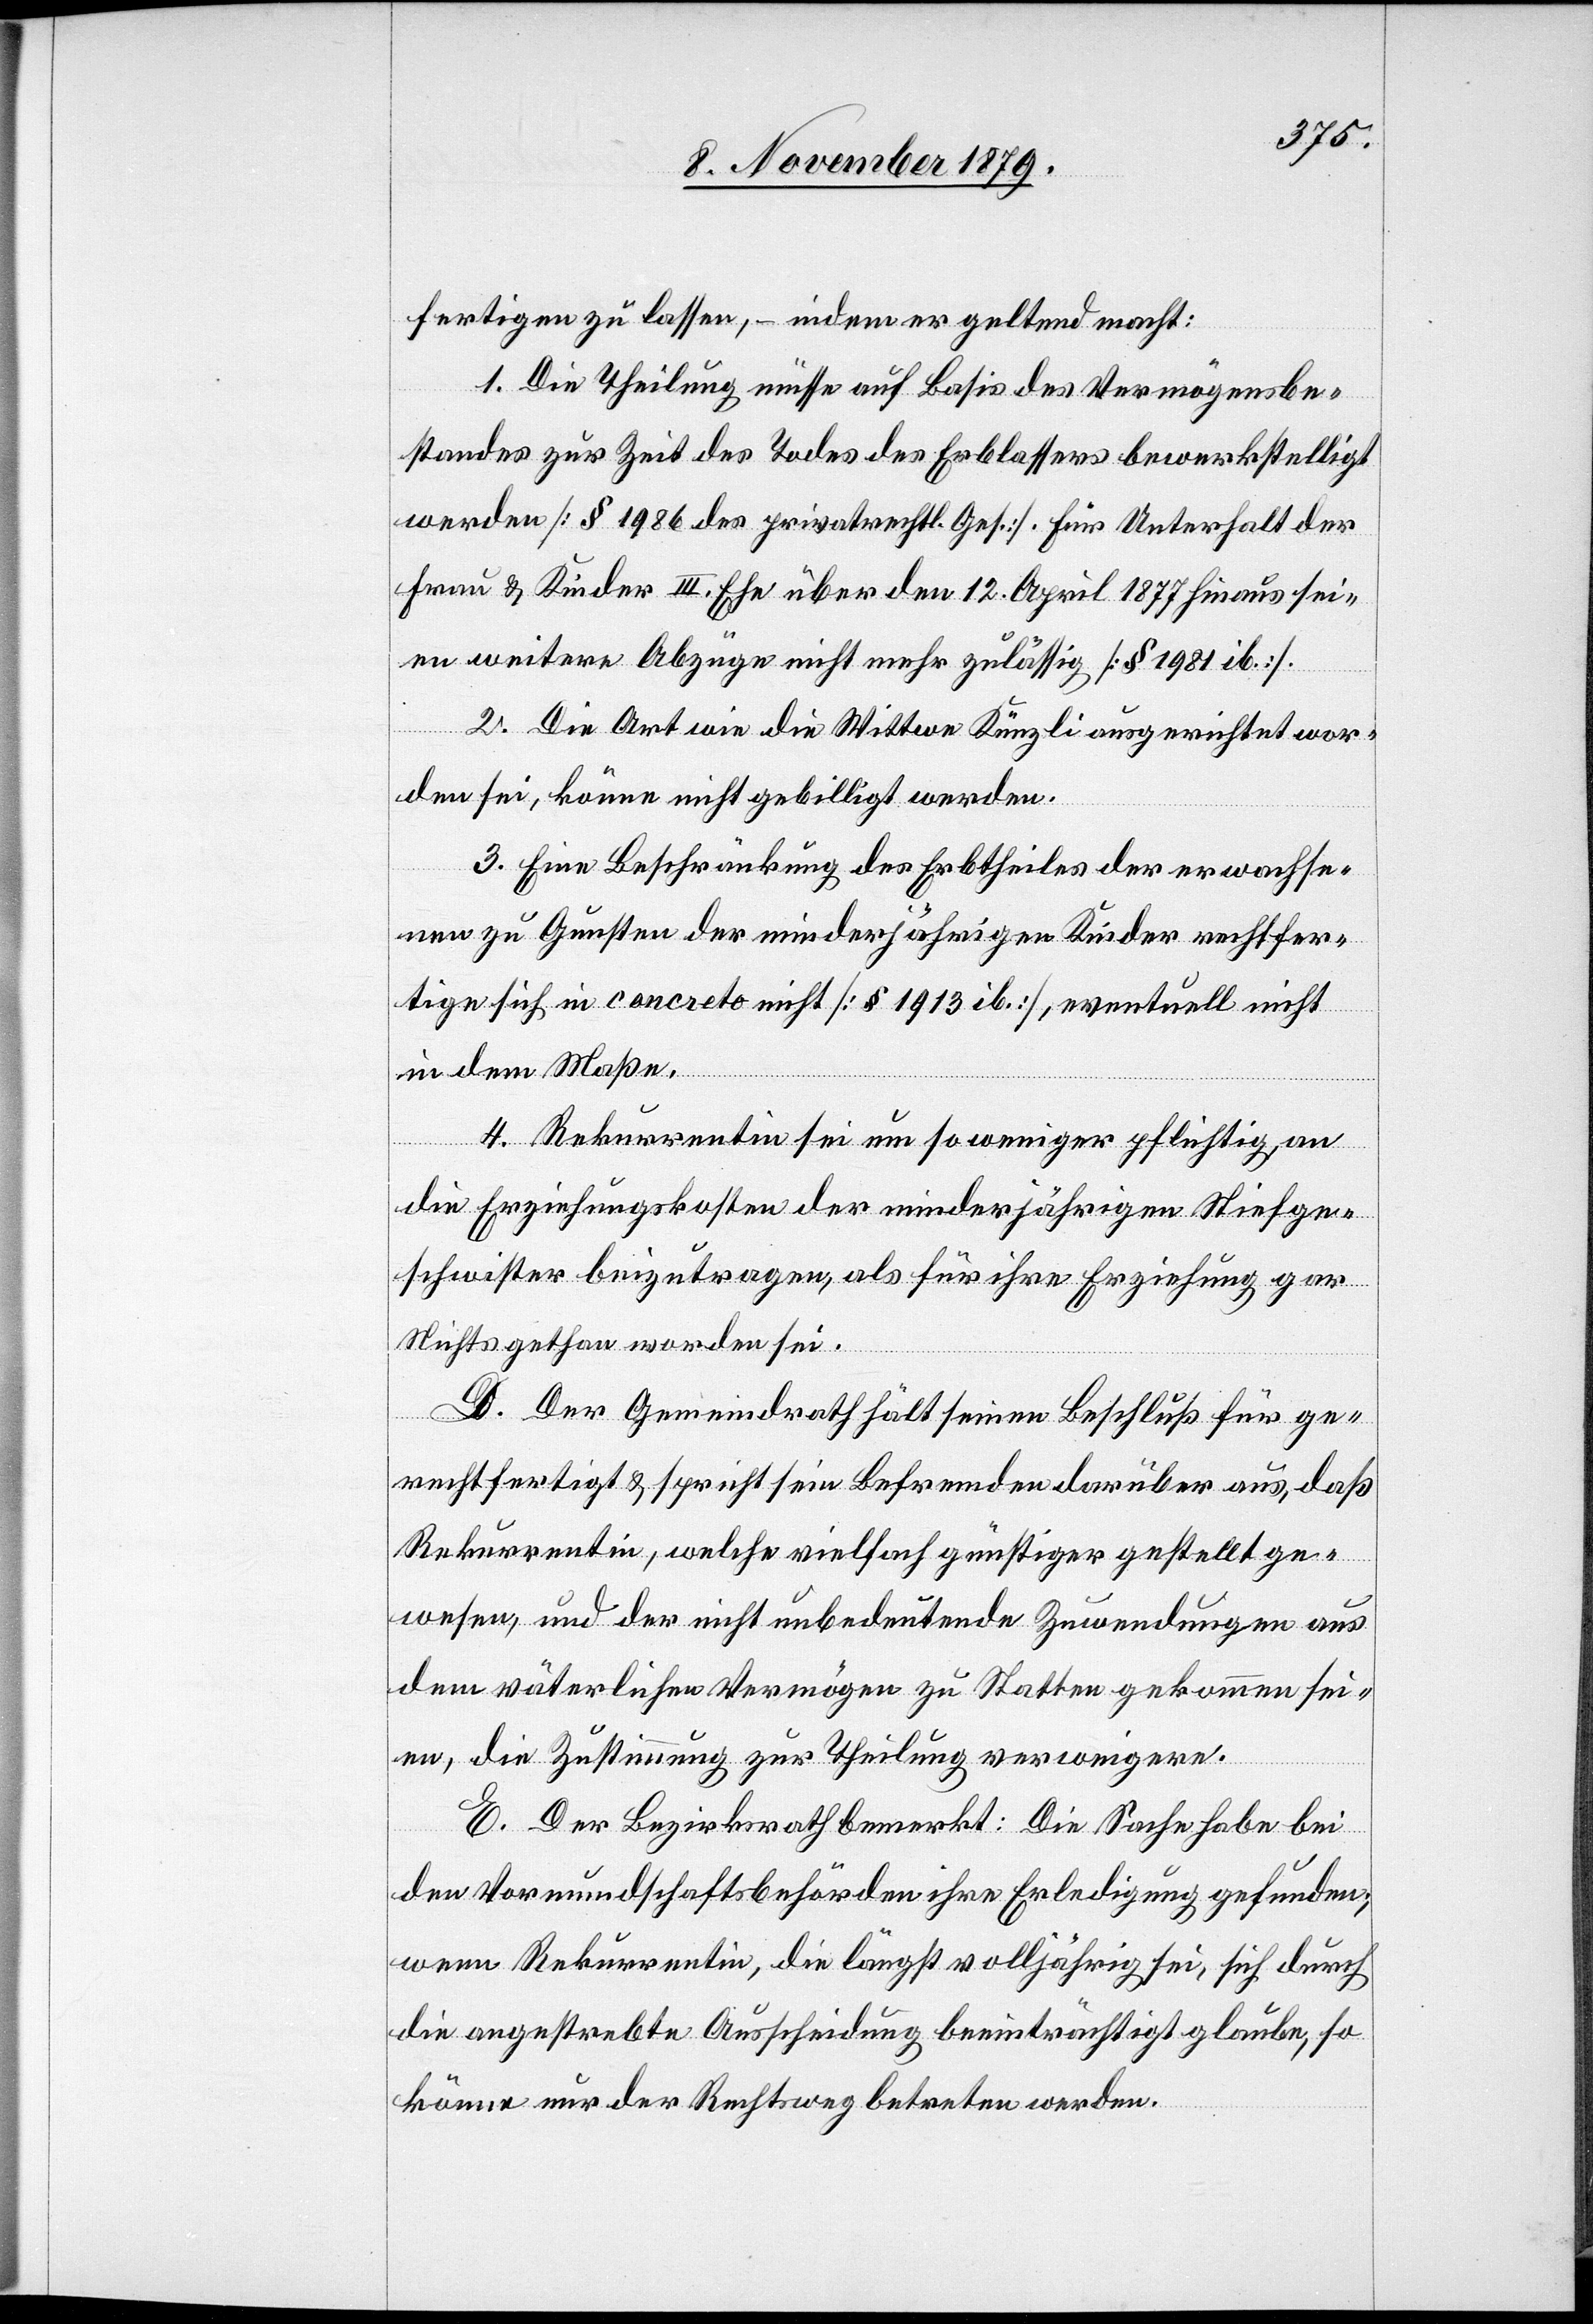
fertigen zu lassen, – indem er geltend macht:
1. Die Theilung müsse auf Basis des Vermögensbe¬
standes zur Zeit des Todes des Erblassers bewerkstelligt
werden [§ 1986 des privatrechtl. Ges.]. Für Unterhalt der
Frau & Kinder III. Ehe über den 12. April 1877 hinaus sei¬
en weitere Abzüge nicht mehr zulässig [§ 1981 ib].
2. Die Art wie die Wittwe Künzli ausgerichtet wor¬
den sei, könne nicht gebilligt werden.
3. Eine Beschränkung des Erbtheiles der erwachse¬
nen zu Gunsten der minderjährigen Kinder rechtfer¬
tige sich in concreto nicht [§ 1913 ib], eventuell nicht
in dem Maße.
4. Rekurrentin sei um so weniger pflichtig, an
die Erziehungskosten der minderjährigen Stiefge¬
schwister beizutragen, als für ihre Erziehung gar
Nichts gethan worden sei.
D. Der Gemeindrath hält seinen Beschluß für ge¬
rechtfertigt & spricht sein Befremden darüber aus, daß
Rekurrentin, welche vielfach günstiger gestellt ge¬
wesen, und der nicht unbedeutende Zuwendungen aus
dem väterlichen Vermögen zu Statten gekommen sei¬
en, die Zustimmung zur Theilung verweigere.
E. Der Bezirksrath bemerkt: Die Sache habe bei
den Vormundschaftsbehörden ihre Erledigung gefunden;
wenn Rekurrentin, die längst volljährig sei, sich durch
die angestrebte Ausscheidung beeinträchtigt glaube, so
könne nur der Rechtsweg betreten werden.